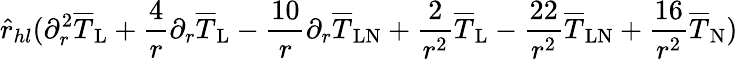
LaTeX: \hat{r}_{hl}(\partial_{r}^{2}\overline{{T}}_{\mathrm{L}}+\frac{4}{r}\partial_{r}\overline{{T}}_{\mathrm{L}}-\frac{10}{r}\partial_{r}\overline{{T}}_{\mathrm{LN}}+\frac{2}{r^{2}}\overline{{T}}_{\mathrm{L}}-\frac{22}{r^{2}}\overline{{T}}_{\mathrm{LN}}+\frac{16}{r^{2}}\overline{{T}}_{\mathrm{N}})